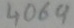
Text: 4069